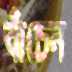
বাঁচেন